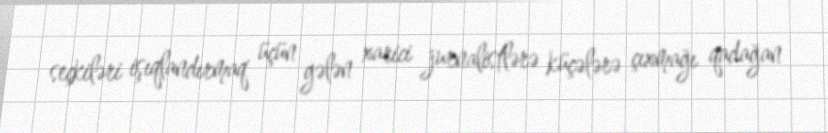
seçkiləri işıqlandırmaq üçün gələn xarici jurnalistlərə küçələrə çıxmağı qadağan